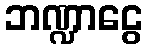
ဘဏ္ဍာငွေ